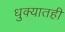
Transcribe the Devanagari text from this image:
धुक्यातही